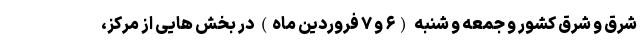
شرق و شرق کشور و جمعه و شنبه (۶ و ۷ فروردین ماه) در بخش هایی از مرکز،